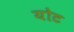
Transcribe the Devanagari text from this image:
योट